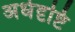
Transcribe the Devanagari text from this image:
अर्धदृष्टि